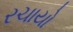
રચાયો